画像に写った文字を読んでください
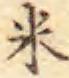
「米」と書いてあります